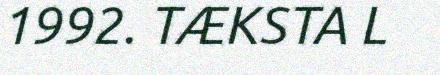
1992. TÆKSTA L